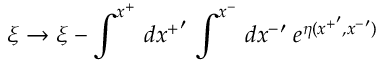
\xi \rightarrow \xi - \int ^ { x ^ { + } } \, d { x ^ { + } } ^ { \prime } \, \int ^ { x ^ { - } } \, d { x ^ { - } } ^ { \prime } \; e ^ { \eta ( { x ^ { + } } ^ { \prime } , { x ^ { - } } ^ { \prime } ) }